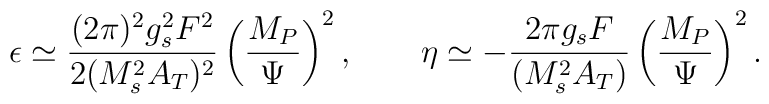
\epsilon \simeq \frac{(2\pi)^2 g_s^2 F^2}{2 (M_s^2 A_T)^2}\left(\frac{M_P}{\Psi}\right)^2, \qquad\eta \simeq - \frac{2\pi g_s F}{(M_s^2 A_T)}\left(\frac{M_P}{\Psi}\right)^2.